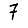
Digit: 7